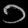
Digit: ၁